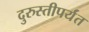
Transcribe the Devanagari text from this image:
दुरुस्तीपर्यंत